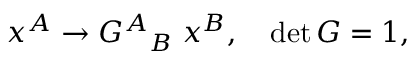
x ^ { A } \rightarrow { G ^ { A } } _ { B } \; x ^ { B } , \quad \operatorname * { d e t } G = 1 ,